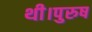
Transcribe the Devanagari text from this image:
थी।पुरुष